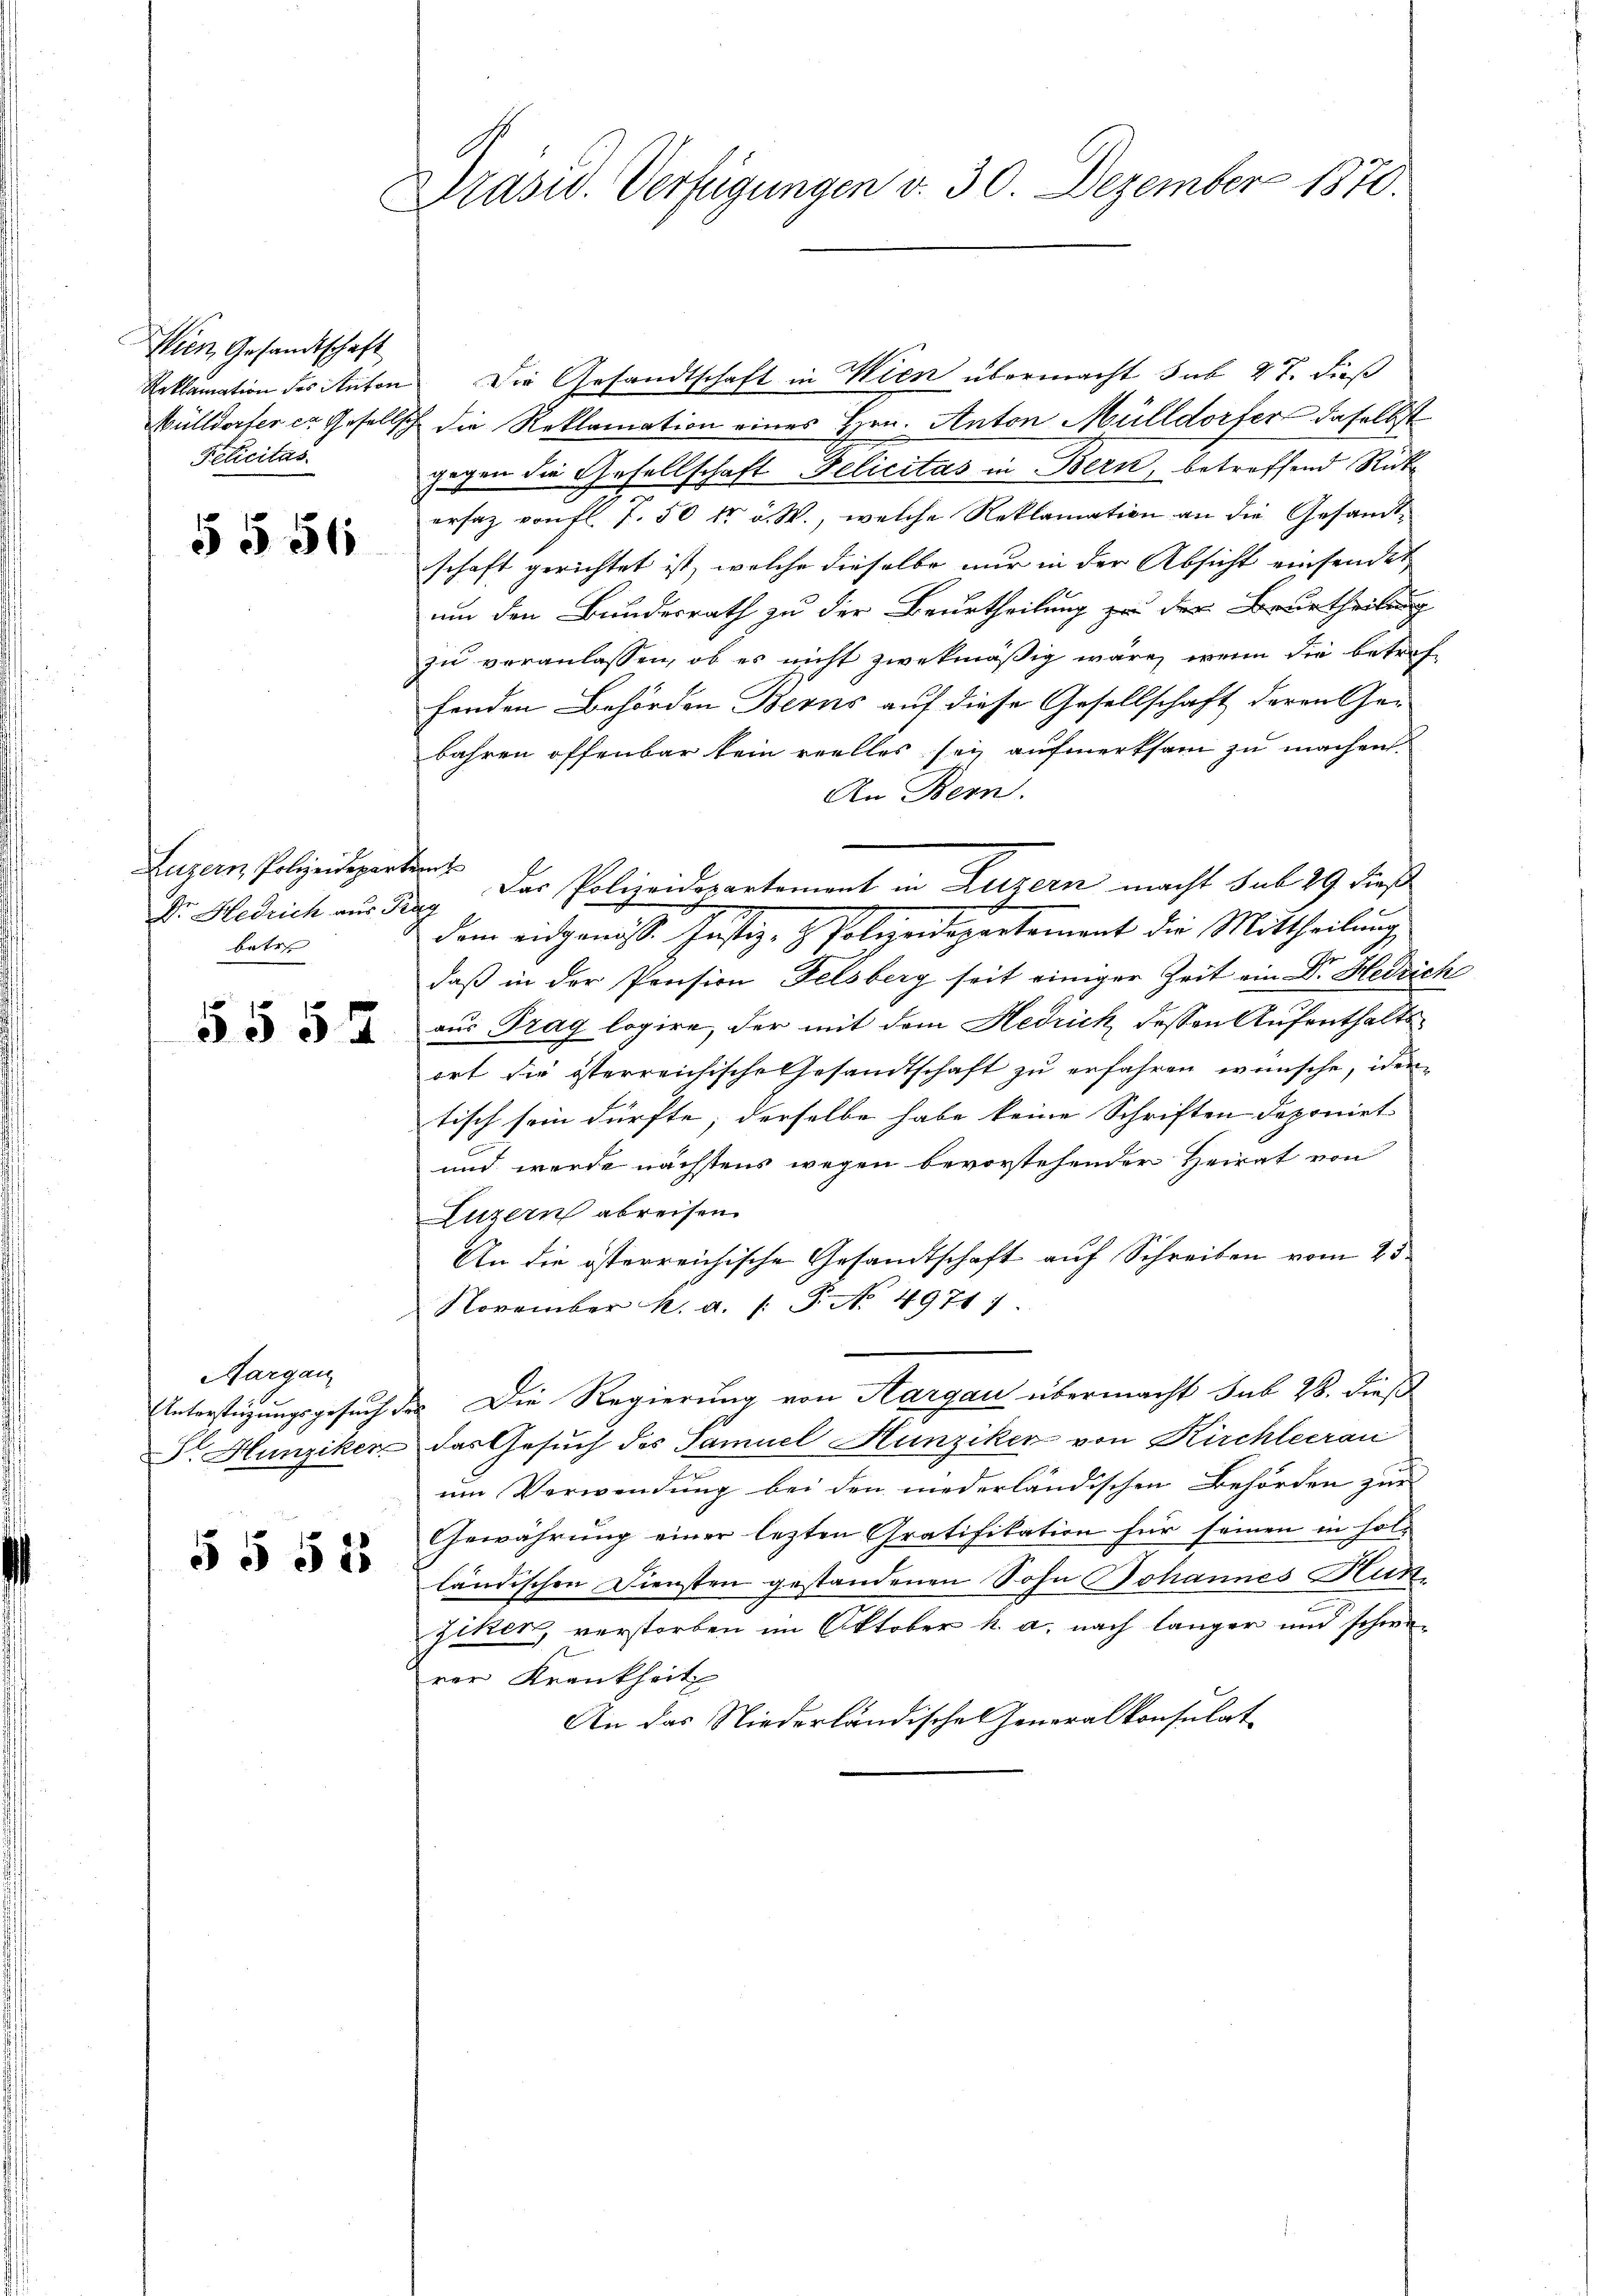
Wien, Gesandtschaft
Pélicitas.

§ 556

Luzern Polizeidepartem
betr

5554

Aargau

5 § 515

Präsid. Verfügungen v. 30. Dezember 1870.

Reklamation des Anton Die Gesandtschaft in Wien übermacht sub 27. dieß
Mülldorfer er Gesellsch die Reklamation eines Hrn. Anton Mülldorfer daselbst
gegen die Gesellschaft Delicitas in Bern, betreffend Rückersaz von fl. 7. 50 fr v. M., welche Reklamation an die Gesandtschaft gerichtet ist, welche dieselbe nur in der Absicht einsendet
um den Bundesrath zu der Beurtheilung zu der Beurtheilung
zu veranlassen, ob es nicht zwekmäßig wäre, wenn die betreffenden Behörden Berns auf diese Gesellschaft deren Ge-
bahren offenbar kein reelles sei aufmerksam zu machen.
An Bern.
dem eidgenöss. Justiz- & Polizeidepartement die Mittheilung
daß in der Pension Felsberg seit einiger Zeit ein Dr. Hedrich
aus Trag logire, der mit dem Hedrich, dessen Aufenthaltsort die österreichische Gesandtschaft zu erfahren wünsche, identisch sein dürfte; derselbe habe keine Schriften deponiet-
und werde nächstens wegen bevorstehender Heirat von
Luzern abreisen.
An die österreichische Gesandtschaft auf Schreiben vom 25.
November k. a. (: P. No. 4971)
Unterstüzungsgesuch der Die Regierung von Aargau übermacht sub 28. dieß
Dr. Hunziker das Gesuch des Samuel Hunziker von Kirchleerau
um Verwendung bei den niederländischen Behörden zur
Gewährung einer lezten Gratifikation für seinen in fol-
ländischen Diensten gestandenen Sohn Johannes Hunziker, verstorben im Oktober h. a. nach länger und schwerer Krankheit
An das Niederländischen Generalkonsulat

Dr. Hedrich aus ding. Das Polizeidepartement in Luzern macht sub 29 dieß¬